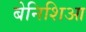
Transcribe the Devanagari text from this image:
बेनिशिआ